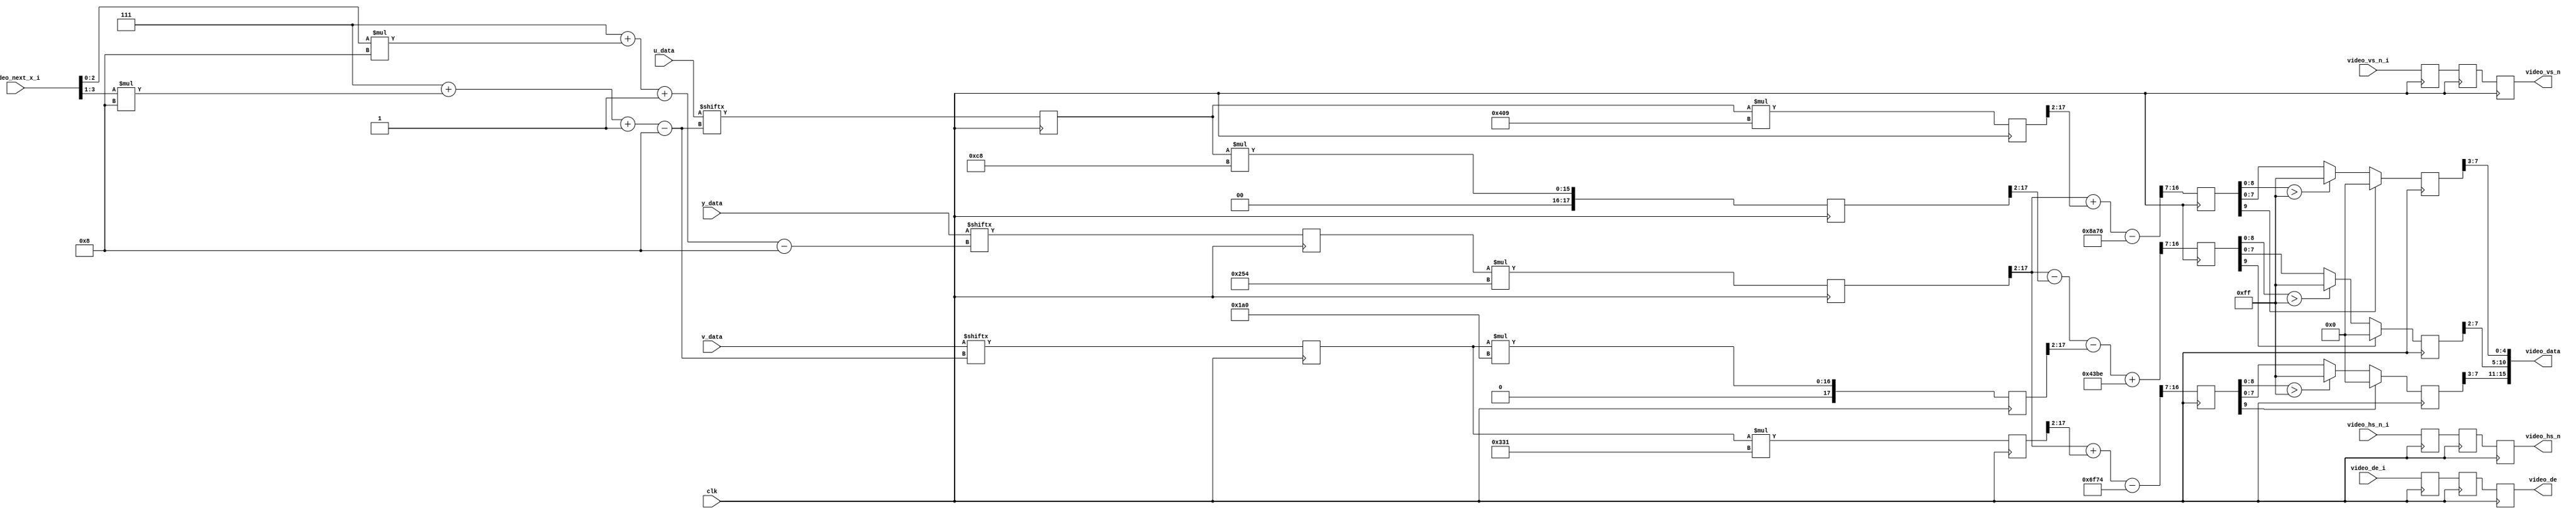
//--------------------------------------------------------------------------------------------------
// Design    : bitstream_p
// Author(s) : qiu bin, shi tian qi
// Copyright (C) 2013 qiu bin 
// All rights reserved                
//-------------------------------------------------------------------------------------------------
//`define YUV422_Output

`ifdef YUV422_Output
module video_output (
	input clk,
  	input video_de_i,
	input video_hs_n_i,
	input video_vs_n_i,
	input[10:0] video_next_x_i,
	input[63:0] y_data,
	input[63:0] u_data,
	input[63:0] v_data,
	output reg video_de,
	output reg video_hs_n,
	output reg video_vs_n,
	output reg [7:0] video_y,
	output reg [7:0] video_u,
	output reg [7:0] video_v
);


always @(posedge clk) begin
	video_y = y_data[7+video_next_x_i[2:0]*8-:8];
	video_u = u_data[7+video_next_x_i[3:1]*8-:8];
	video_v = v_data[7+video_next_x_i[3:1]*8-:8];
	video_de <= video_de_i;
	video_hs_n <= video_hs_n_i;
	video_vs_n <= video_vs_n_i;
end

endmodule

`else
module video_output (
	input clk,
  	input video_de_i,
	input video_hs_n_i,
	input video_vs_n_i,
	input[10:0] video_next_x_i,
	input[63:0] y_data,
	input[63:0] u_data,
	input[63:0] v_data,
	output reg video_de,
	output reg video_hs_n,
	output reg video_vs_n,
	output [15:0] video_data
);


reg [7:0]	y;
reg	[7:0]	u;
reg	[7:0]	v;
reg video_de_d;
reg video_hs_n_d;
reg video_vs_n_d;
reg video_de_dd;
reg video_hs_n_dd;
reg video_vs_n_dd;

always @(posedge clk) begin
	video_de_d <= video_de_i;
    video_hs_n_d <= video_hs_n_i;
    video_vs_n_d <= video_vs_n_i;
    video_de_dd <= video_de_d;
    video_hs_n_dd <= video_hs_n_d;
    video_vs_n_dd <= video_vs_n_d;
	y = y_data[7+video_next_x_i[2:0]*8-:8];
	u = u_data[7+video_next_x_i[3:1]*8-:8];
	v = v_data[7+video_next_x_i[3:1]*8-:8];
	video_de <= video_de_dd;
	video_hs_n <= video_hs_n_dd;
	video_vs_n <= video_vs_n_dd;
end
//
//regs
//
reg  [7:0]  video_r,video_g,video_b;
reg  [9:0] r_tmp;
reg  [9:0] g_tmp;
reg  [9:0] b_tmp;

assign video_data = {video_r[7:3], video_g[7:2],video_b[7:3]};

always@(posedge clk) begin
    if (r_tmp[9])
      video_r <= 0;
    else if (r_tmp[8:0] > 255)
      video_r <= 255;
    else
      video_r <= r_tmp[7:0];

    if (g_tmp[9])
      video_g <= 0;
    else if (g_tmp[8:0] > 255)
      video_g <= 255;
    else
      video_g <= g_tmp[7:0];
      
    if (b_tmp[9])
      video_b <= 0;
    else if (b_tmp[8:0] > 255)
      video_b <= 255;
    else
      video_b <= b_tmp[7:0];
end

/*
R = 1.164(Y-16) + 1.596(Cr-128)
G = 1.164(Y-16) - 0.391(Cb-128) - 0.813(Cr-128)
B = 1.164(Y-16) + 2.018(Cb-128)

R << 9 = 596Y  + 817Cr          - 114131
G << 9 = 596Y  - 416Cr - 200Cb  + 69370
B << 9 = 596Y          + 1033Cb - 141787
*/
reg [17:0] a0;
reg [17:0] a1;
reg [17:0] a2;
reg [17:0] a3;
reg [17:0] a4;

always@(posedge clk) begin
    a0<= y*596;
    a1 <=v*817;
    a2 <=u*200;
    a3 <=v*416;
    a4 <= u*1033;
end
/*
always@(posedge clk) begin
    r_tmp <= ( y*596 + v*817 - 114131 ) >>9;
    g_tmp <= ( y*596 - u*200 - v*416 + 69370) >>9;
    b_tmp <= ( y*596 + u*1033 - 141787 ) >>9;
end
*/
always@(posedge clk) begin
    r_tmp <= ( a0[17:2] + a1[17:2] - 114131/4 ) >>7;
    g_tmp <= ( a0[17:2] - a2[17:2] - a3[17:2] + 69370/4) >>7;
    b_tmp <= ( a0[17:2] + a4[17:2] - 141787/4 ) >>7;
end

endmodule
`endif